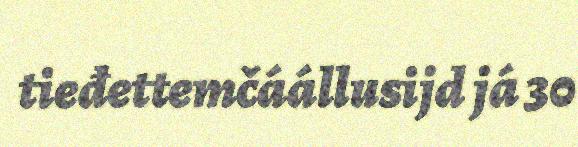
tieđettemčáállusijd já 30